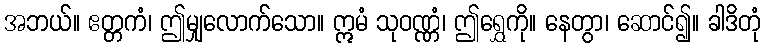
အဘယ်။ ဧတ္တကံ၊ ဤမျှလောက်သော။ ဣမံ သုဝဏ္ဏံ၊ ဤရွှေကို။ နေတွာ၊ ဆောင်၍။ ခါဒိတုံ